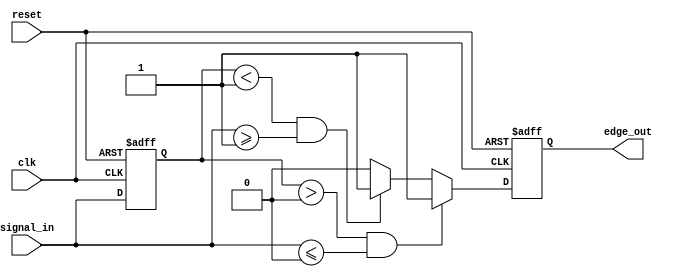
module schmitt_trigger_edge_detector (
    input wire clk,                // Clock input
    input wire reset,              // Asynchronous reset
    input wire signal_in,          // Input signal to detect edges
    output reg edge_out            // Output signal indicating edge detection
);

    // Internal signal to hold the previous state
    reg prev_state;

    // Hysteresis thresholds (these can be defined as parameters for flexibility)
    parameter TH_PLUS = 1'b1;     // Upper threshold for rising edge detection
    parameter TH_MINUS = 1'b0;     // Lower threshold for falling edge detection

    // Synchronous process to handle edge detection
    always @(posedge clk or posedge reset) begin
        if (reset) begin
            // Reset conditions
            prev_state <= 1'b0;
            edge_out <= 1'b0;
        end else begin
            // Edge detection logic
            edge_out <= 1'b0; // Default edge_out to low

            // Rising edge detection
            if (prev_state < TH_PLUS && signal_in >= TH_PLUS) begin
                edge_out <= 1'b1; // Detected rising edge
            end
            
            // Falling edge detection
            if (prev_state > TH_MINUS && signal_in <= TH_MINUS) begin
                edge_out <= 1'b1; // Detected falling edge
            end
            
            // Update previous state
            prev_state <= signal_in;
        end
    end

endmodule